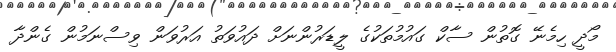
މޯދީ ހިމެނޭ ގޮތުން ސާކް ގައުމުތަކުގެ ލީޑަރުންނަށް ދައުވަތު އަރުވަން ވިސްނަމުން ގެންދާ